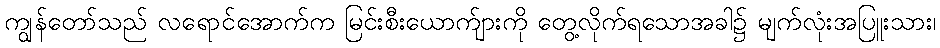
ကျွန်တော်သည် လရောင်အောက်က မြင်းစီးယောက်ျားကို တွေ့လိုက်ရသောအခါ၌ မျက်လုံးအပြူးသား၊